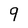
Character: 9